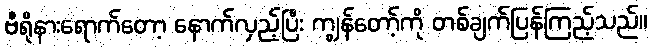
ဗီရိုနားရောက်တော့ နောက်လှည့်ပြီး ကျွန်တော့်ကို တစ်ချက်ပြန်ကြည့်သည်။